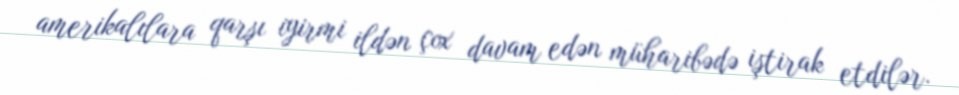
amerikalılara qarşı iyirmi ildən çox davam edən müharibədə iştirak etdilər.